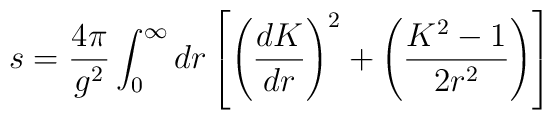
s = {4\pi \over g^2}\int^\infty_0 dr \left[\left({dK\over dr}\right)^2 +\left({K^2 -1 \over 2r^2}\right)\right]